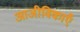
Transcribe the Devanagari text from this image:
आजीविकाएँ